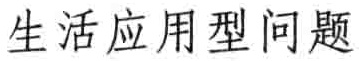
生活应用型问题